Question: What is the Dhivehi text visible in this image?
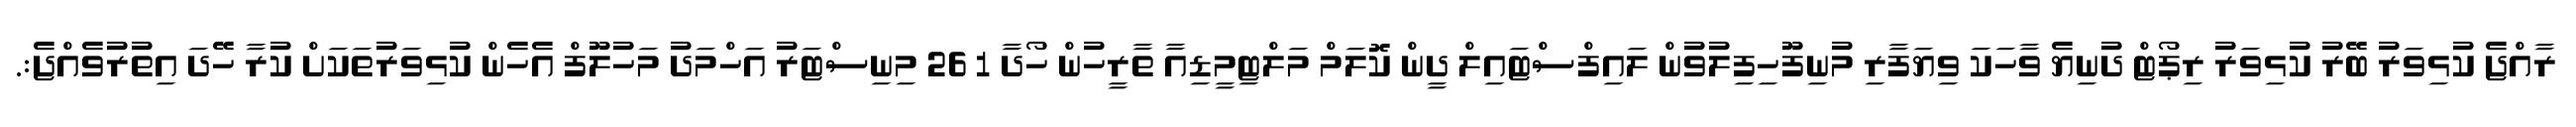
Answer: ރާއްޖެ ކުޅިވަރު ބޭރު ކުޅިވަރު ރިޕޯޓް ދުނިޔެ ވާހަކަ ވިޔަފާރި މުނިފޫހިފިލުވުން ލައިފްސްޓައިލް ދީން ކޮލަމް މަލްޓިމީޑިއާ ތާރީހުން ހޯދާ 1 26 މިނިސްޓަރު އަހްމަދު މަހުލޫފް އެހެން ކުޅިވަރުތަކަށް ކުރާ ހޭދަ އިތުރުވެއްޖެ:.